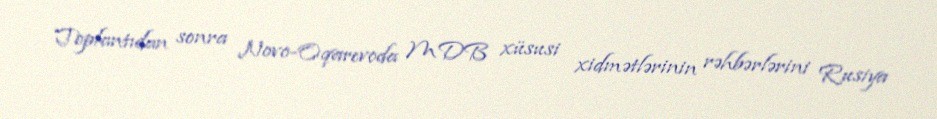
Toplantıdan sonra Novo-Oqarevoda MDB xüsusi xidmətlərinin rəhbərlərini Rusiya